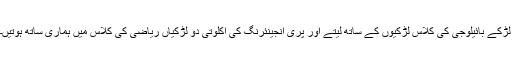
لڑکے بائیلوجی کی کلاس لڑکیوں کے ساتھ لیتے اور پری انجینئرنگ کی اکلوتی دو لڑکیاں ریاضی کی کلاس میں ہماری ساتھ ہوتیں۔